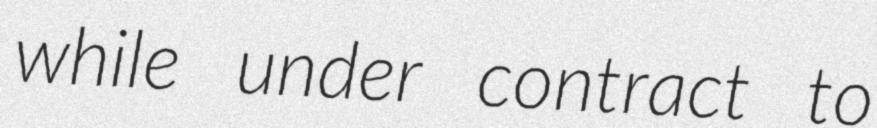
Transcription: while under contract to